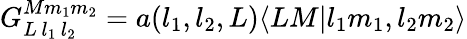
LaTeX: G_{L\, l_{1}\, l_{2}}^{Mm_{1}m_{2}}=a(l_{1},l_{2},L)\langle LM|l_{1}m_{1},l_{2}m_{2}\rangle